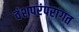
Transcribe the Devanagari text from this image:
वंशपरंपरांगत